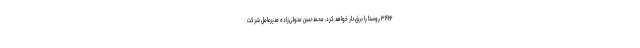
۳۴۲۲ روستا را برق‌دار خواهد کرد. محمدحسن متولی‌زاده مدیرعامل شرکت